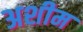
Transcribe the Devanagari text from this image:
अशीम